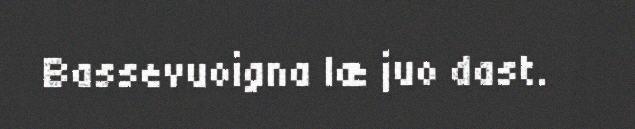
Bassevuoigna læ juo dast.